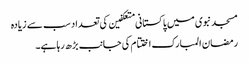
مسجد نبوی میں پاکستانی متعکفین کی تعداد سب سے زیادہ
رمضان المبارک اختتام کی جانب بڑھ رہا ہے۔